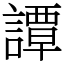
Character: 譚